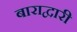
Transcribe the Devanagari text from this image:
बाराद्वारी